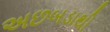
અછબડાથી